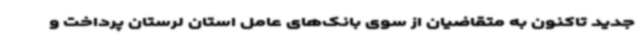
جدید تاکنون به متقاضیان از سوی بانک‌های عامل استان لرستان پرداخت و